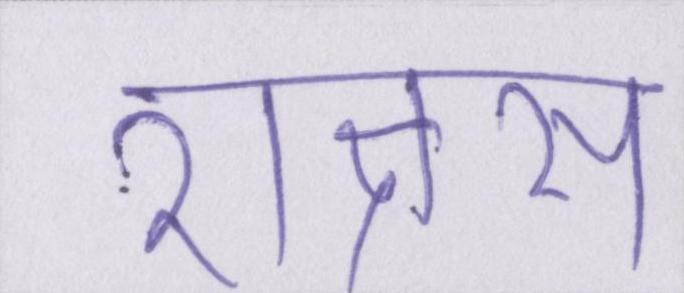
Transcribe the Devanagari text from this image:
राक्षस